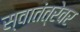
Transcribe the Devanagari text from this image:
स्वातंत्रेवर